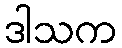
ဒါသက